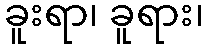
ခူးရာ၊ ခူရား၊